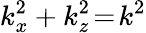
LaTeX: k_{x}^{2}+k_{z}^{2}\! =\! k^{2}